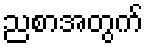
ညစာအတွက်